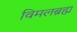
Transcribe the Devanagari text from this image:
विमलब्रह्म